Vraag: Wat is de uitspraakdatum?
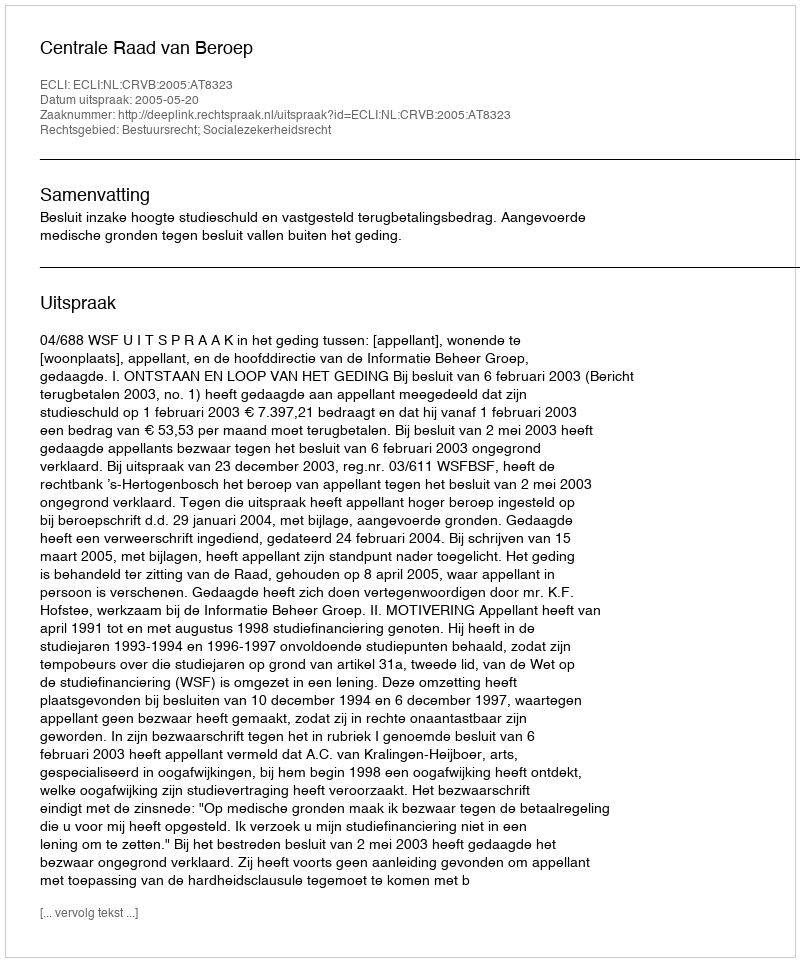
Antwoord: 2005-05-20